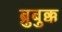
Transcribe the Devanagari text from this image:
ब्रुबुक्क